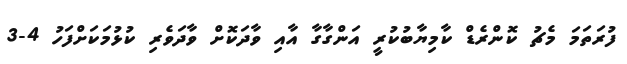
ފުރަތަމަ މެޗު ކޮންރެޑް ކާމިޔާބުކުރީ އަންގާގާ އާއި ވާދަކޮށް ވާދަވެރި ކުޅުމަކަށްފަހު 4-3